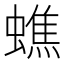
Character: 蟭